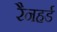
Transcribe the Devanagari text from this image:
रैनहर्ड